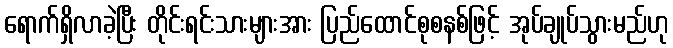
ရောက်ရှိလာခဲ့ပြီး တိုင်းရင်းသားများအား ပြည်ထောင်စုစနစ်ဖြင့် အုပ်ချုပ်သွားမည်ဟု